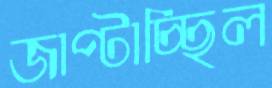
জাপ্‌টাচ্ছিল